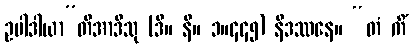
ဥပါဒါယာ”တိအာဒီသု (ဒီ။ နိ။ ၁။၄၄၅) နိဒဿနေ။ “တံ ကိံ